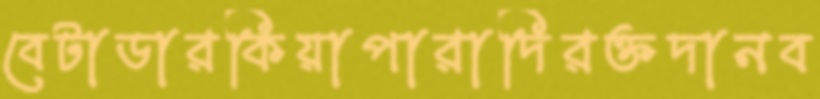
বেটাডারকিয়াপারাদিরক্তদানব